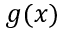
g ( x )